Annual report on the Civil Veterinary Department, Burma (including the Insein Veterinary School) - 1932-1941
Year: 1932
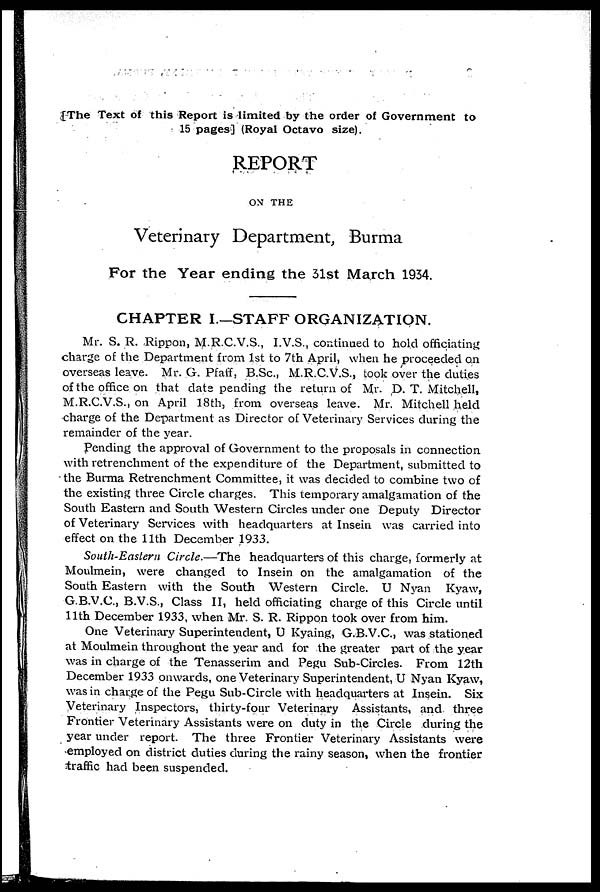
[The Text of this Report is limited by the order of Government to
15 pages] (Royal Octavo size).
REPORT
ON THE
Veterinary Department, Burma
For the Year ending the 31st March 1934.
CHAPTER I—STAFF ORGANIZATION.
Mr. S. R. Rippon, M.R.C.V.S., I.V.S., continued to hold officiating
charge of the Department from 1st to 7th April, when he proceeded on
overseas leave. Mr. G. Pfaff, B.Sc., M.R.C.V.S., took over the duties
of the office on that date pending the return of Mr. D. T. Mitchell,
M.R.C.V.S., on April 18th, from overseas leave. Mr. Mitchell held
charge of the Department as Director of Veterinary Services during the
remainder of the year.
Pending the approval of Government to the proposals in connection
with retrenchment of the expenditure of the Department, submitted to
the Burma Retrenchment Committee, it was decided to combine two of
the existing three Circle charges. This temporary amalgamation of the
South Eastern and South Western Circles tinder one Deputy Director
of Veterinary Services with headquarters at Insein was carried into
effect on the 11th December 1933.
South-Eastern Circle.—The headquarters of this charge, formerly at
Monlmein, were changed to Insein on the amalgamation of the
South Eastern with the South Western Circle. U Nyan Kyaw,
G.B.V.C., B.V.S., Class II, held officiating charge of this Circle until
11th December 1933, when Mr. S. R. Rippon took over from him.
One Veterinary Superintendent, U Kyaing, G.B.V.C., was stationed
at Moulmein throughout the year and for the greater part of the year
was in charge of the Tenasserim and Pegu Sub-Circles. From 12th
December 1933 onwards, one Veterinary Superintendent, U Nyan Kyaw,
was in charge of the Pegu Sub-Circle with headquarters at Insein. Six
Veterinary Inspectors, thirty-four Veterinary Assistants, and three
Frontier Veterinary Assistants were on duty in the Circle during the
year under report. The three Frontier Veterinary Assistants were
employed on district duties during the rainy season, when the frontier
traffic had been suspended.